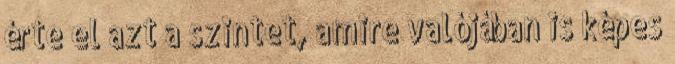
érte el azt a szintet, amire valójában is képes